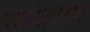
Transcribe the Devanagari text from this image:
पर्यायावरण